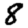
Digit: 8